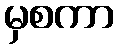
မှစကာ